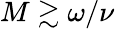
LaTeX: M\gtrsim\omega/\nu